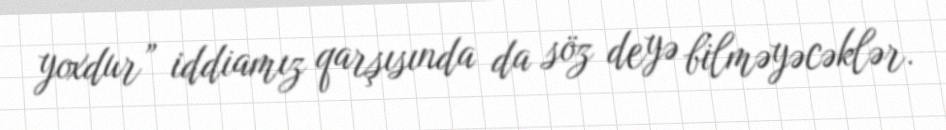
yoxdur” iddiamız qarşısında da söz deyə bilməyəcəklər.